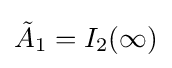
{\tilde {A}}_{1}=I_{2}(\infty )